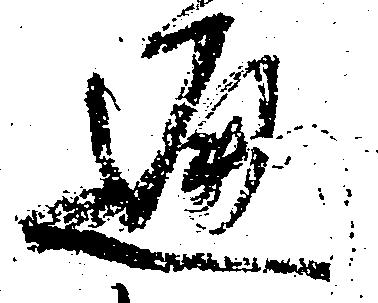
通